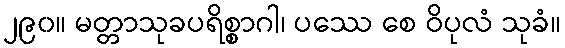
၂၉၀။ မတ္တာသုခပရိစ္စာဂါ၊ ပဿေ စေ ဝိပုလံ သုခံ။